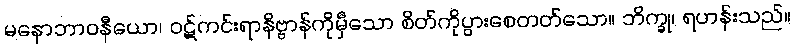
မနောဘာဝနီယော၊ ဝဋ်ကင်းရာနိဗ္ဗာန်ကိုမှီသော စိတ်ကိုပွားစေတတ်သော။ ဘိက္ခု၊ ရဟန်းသည်။